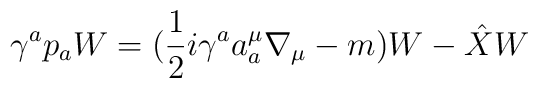
\gamma^ap_a W = (\frac{1}{2}i\gamma^aa_a^\mu\nabla_\mu-m)W-\hat{X}W